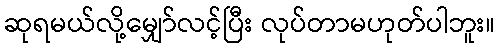
ဆုရမယ်လို့မျှော်လင့်ပြီး လုပ်တာမဟုတ်ပါဘူး။